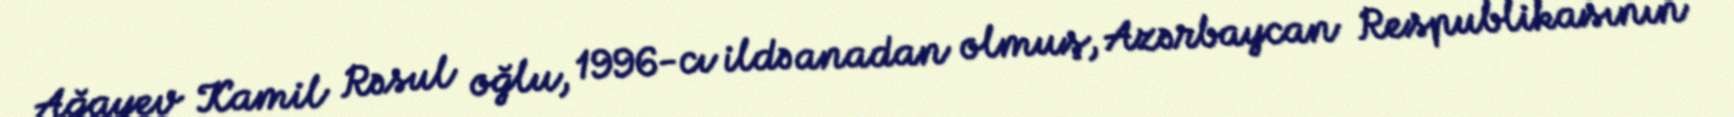
Ağayev Kamil Rəsul oğlu, 1996-cı ildə anadan olmuş, Azərbaycan Respublikasının